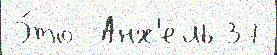
Э́то  Анх'ель 37